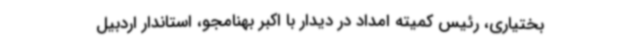
بختیاری، رئیس کمیته امداد در دیدار با اکبر بهنامجو، استاندار اردبیل